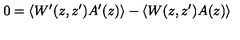
0 = \langle W ^ { \prime } ( z , z ^ { \prime } ) A ^ { \prime } ( z ) \rangle - \langle W ( z , z ^ { \prime } ) A ( z ) \rangle